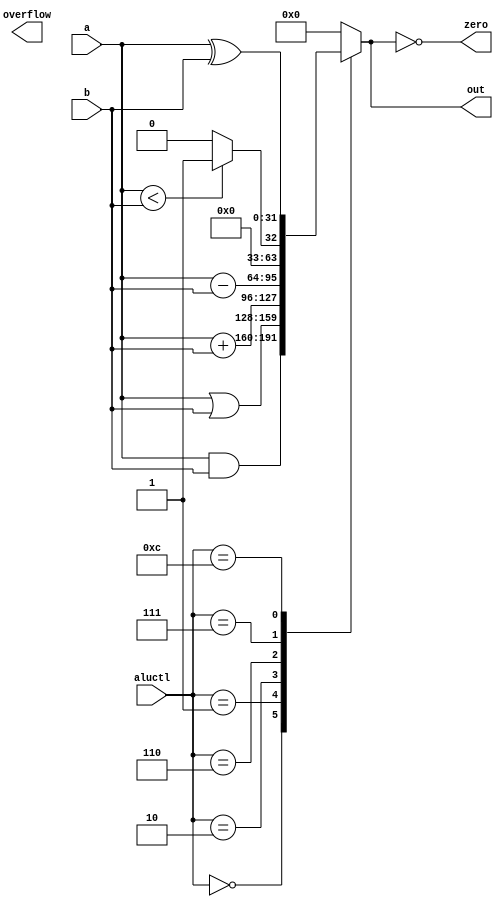
module alu(aluctl, a, b, out, zero, overflow);

    input [3:0] aluctl; 

    input [31:0] a;
    input [31:0] b;

    output reg [31:0] out;
    output zero, overflow;

    assign zero = (out == 0);

    always @ (aluctl, a, b)
        begin
            case (aluctl)
                0: out <= a & b;
                1: out <= a | b;
                2: out <= a + b;
                6: out <= a - b;
                7: out <= (a < b ? 1: 0);
                12: out <= a ^ b;
                default: out <= 0;
            endcase
        end

endmodule